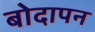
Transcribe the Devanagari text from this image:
बोदापन